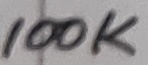
Text: 100K